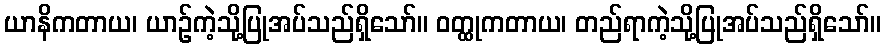
ယာနိကတာယ၊ ယာဉ်ကဲ့သို့ပြုအပ်သည်ရှိသော်။ ဝတ္ထုကတာယ၊ တည်ရာကဲ့သို့ပြုအပ်သည်ရှိသော်။